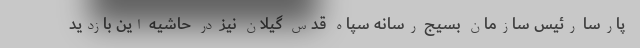
پارسا رئیس سازمان بسیج رسانه سپاه قدس گیلان نیز در حاشیه این بازدید